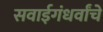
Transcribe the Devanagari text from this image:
सवाईगंधर्वांचे